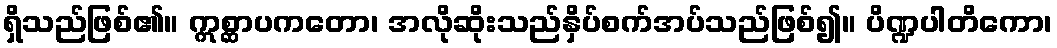
ရှိသည်ဖြစ်၏။ ဣစ္ဆာပကတော၊ အလိုဆိုးသည်နှိပ်စက်အပ်သည်ဖြစ်၍။ ပိဏ္ဍပါတိကော၊